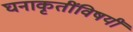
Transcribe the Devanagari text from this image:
घनाकृतींविषयीं